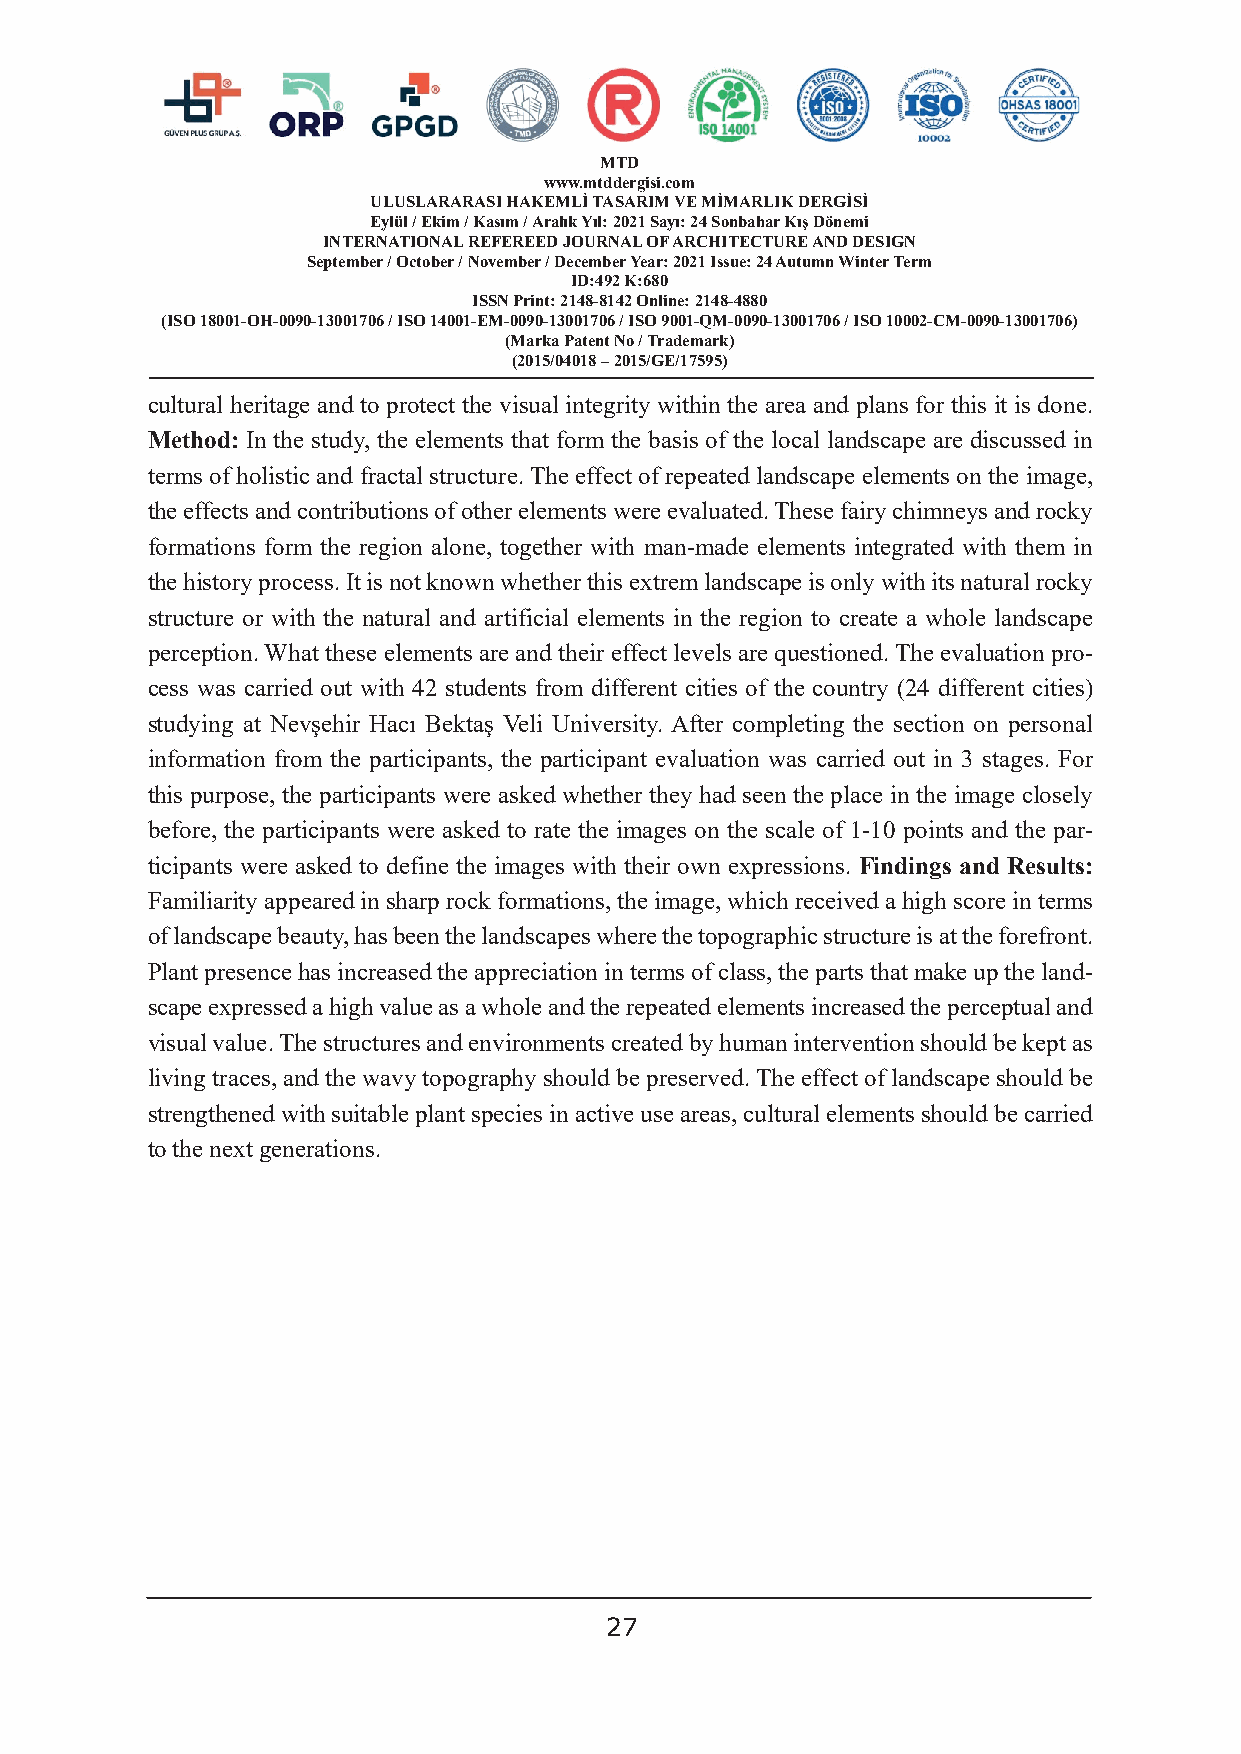
MTD
 www.mtddergisi.com
 ULUSLARARASI HAKEMLİ TASARIM VE MİMARLIK DERGİSİ
 Eylül / Ekim / Kasım / Aralık Yıl: 2021 Sayı: 24 Sonbahar Kış Dönemi
 INTERNATIONAL REFEREED JOURNAL OF ARCHITECTURE AND DESIGN
 September / October / November / December Year: 2021 Issue: 24 Autumn Winter Term
 ID:492 K:680
 ISSN Print: 2148-8142 Online: 2148-4880
 (ISO 18001-OH-0090-13001706 / ISO 14001-EM-0090-13001706 / ISO 9001-QM-0090-13001706 / ISO 10002-CM-0090-13001706)
 (Marka Patent No / Trademark)
 (2015/04018 – 2015/GE/17595)
 cultural heritage and to protect the visual integrity within the area and plans for this it is done.
 Method: In the study, the elements that form the basis of the local landscape are discussed in
 terms of holistic and fractal structure. The effect of repeated landscape elements on the image,
 the effects and contributions of other elements were evaluated. These fairy chimneys and rocky
 formations form the region alone, together with man-made elements integrated with them in
 the history process. It is not known whether this extrem landscape is only with its natural rocky
 structure or with the natural and artificial elements in the region to create a whole landscape
 perception. What these elements are and their effect levels are questioned. The evaluation pro-
 cess was carried out with 42 students from different cities of the country (24 different cities)
 studying at Nevşehir Hacı Bektaş Veli University. After completing the section on personal
 information from the participants, the participant evaluation was carried out in 3 stages. For
 this purpose, the participants were asked whether they had seen the place in the image closely
 before, the participants were asked to rate the images on the scale of 1-10 points and the par-
 ticipants were asked to define the images with their own expressions. Findings and Results:
 Familiarity appeared in sharp rock formations, the image, which received a high score in terms
 of landscape beauty, has been the landscapes where the topographic structure is at the forefront.
 Plant presence has increased the appreciation in terms of class, the parts that make up the land-
 scape expressed a high value as a whole and the repeated elements increased the perceptual and
 visual value. The structures and environments created by human intervention should be kept as
 living traces, and the wavy topography should be preserved. The effect of landscape should be
 strengthened with suitable plant species in active use areas, cultural elements should be carried
 to the next generations.
 27